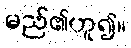
မည်၏ဟူ၍။